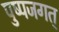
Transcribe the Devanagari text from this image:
पुष्पजगत्